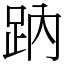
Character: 䟜